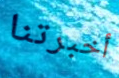
أخبرتنا